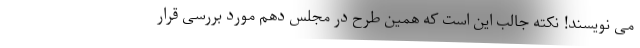
می نویسند! نکته جالب این است که همین طرح در مجلس دهم مورد بررسی قرار